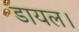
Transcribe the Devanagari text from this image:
डायल।